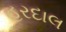
હરદાલ